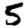
Digit: 5